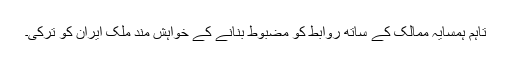
تاہم ہمسایہ ممالک کے ساتھ روابط کو مضبوط بنانے کے خواہش مند ملک ایران کو ترکی۔